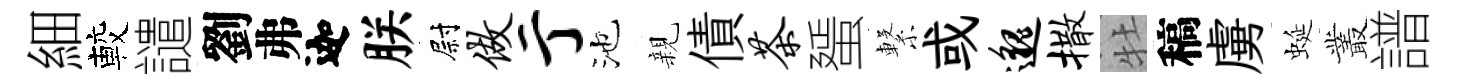
細較譴劉弗迦朕尉做亍池親債茶蜑繋或邈撒牡稿虜蜒叢譜